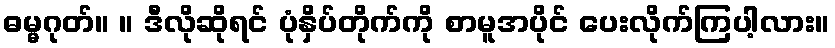
ဓမ္မဂုတ်။ ။ ဒီလိုဆိုရင် ပုံနှိပ်တိုက်ကို စာမူအပိုင် ပေးလိုက်ကြပါ့လား။